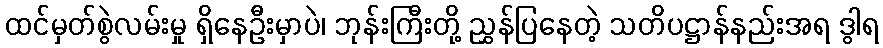
ထင်မှတ်စွဲလမ်းမှု ရှိနေဦးမှာပဲ၊ ဘုန်းကြီးတို့ ညွှန်ပြနေတဲ့ သတိပဋ္ဌာန်နည်းအရ ဒွါရ